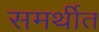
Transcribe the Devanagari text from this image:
समर्थीत